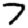
Digit: 7